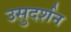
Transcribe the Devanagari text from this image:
उसुदर्शन